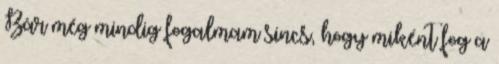
Bár még mindig fogalmam sincs, hogy miként fog a